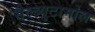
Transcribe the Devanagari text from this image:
सैल्ब्युटामोल